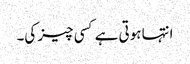
انتہا ہوتی ہے کسی چیز کی۔